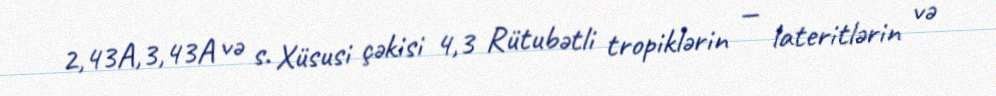
2,43A,3,43A və s. Xüsusi çəkisi 4,3 Rütubətli tropiklərin — lateritlərin və